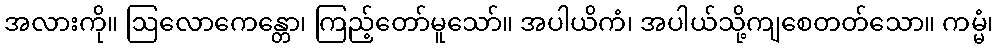
အလားကို။ ဩလောကေန္တော၊ ကြည့်တော်မူသော်။ အပါယိကံ၊ အပါယ်သို့ကျစေတတ်သော။ ကမ္မံ၊